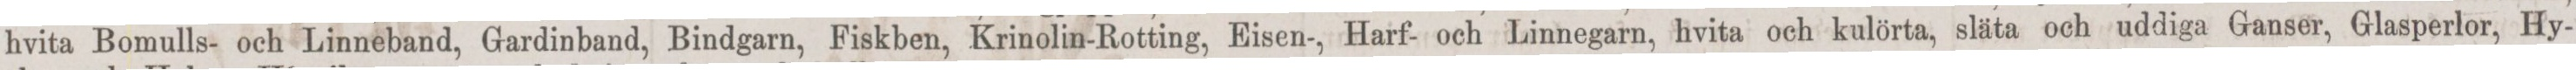
hvita Bomulls- och Linneband, Gardinband, Bindgarn, Fiskben, Krinolin-Rotting, Eisen-, Harf- och Linnegarn, hvita och kulörta, släta och uddiga Ganser, Glasperlor, Hy-